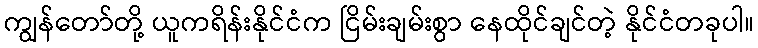
ကျွန်တော်တို့ ယူကရိန်းနိုင်ငံက ငြိမ်းချမ်းစွာ နေထိုင်ချင်တဲ့ နိုင်ငံတခုပါ။